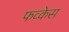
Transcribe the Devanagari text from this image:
फव्केस